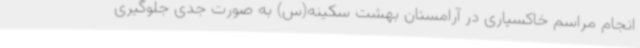
انجام مراسم خاکسپاری در آرامستان بهشت سکینه(س) به صورت جدی جلوگیری